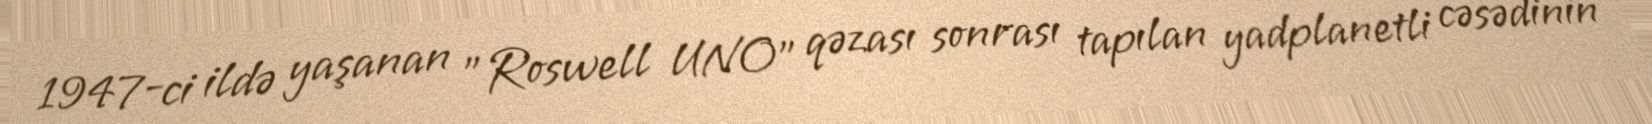
1947-ci ildə yaşanan "Roswell UNO" qəzası sonrası tapılan yadplanetli cəsədinin